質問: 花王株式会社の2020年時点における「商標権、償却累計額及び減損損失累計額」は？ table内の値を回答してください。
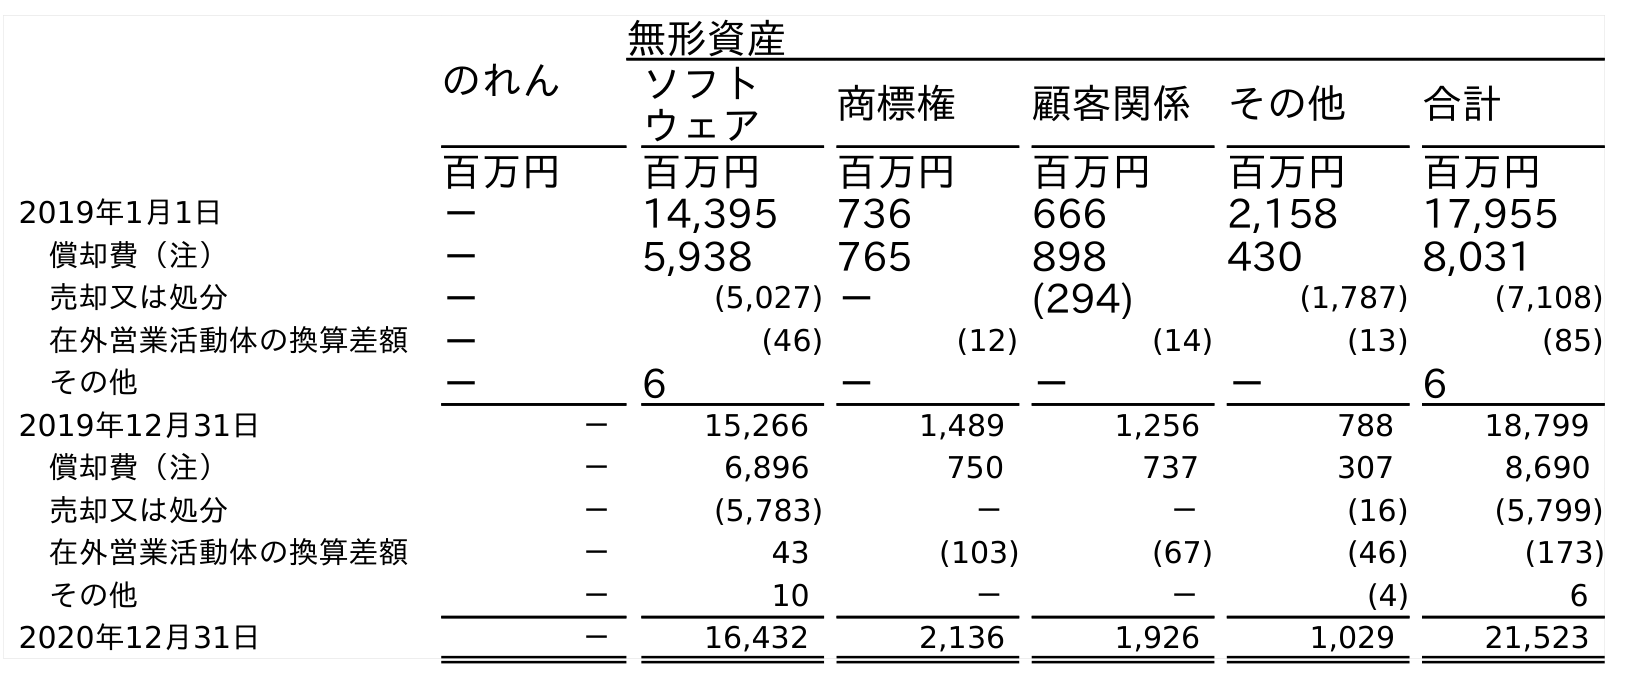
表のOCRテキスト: のれん 無形資産 ソフト ウェア 商標権 顧客関係 その他 合計 百万円 百万円 百万円 百万円 百万円 百万円 2019年1月1日 － 14,395 736 666 2,158 17,955 償却費（注） － 5,938 765 898 430 8,031 売却又は処分 － (5,027) － (294) (1,787) (7,108) 在外営業活動体の換算差額 － (46) (12) (14) (13) (85) その他 － 6 － － － 6 2019年12月31日 － 15,266 1,489 1,256 788 18,799 償却費（注） － 6,896 750 737 307 8,690 売却又は処分 － (5,783) － － (16) (5,799) 在外営業活動体の換算差額 － 43 (103) (67) (46) (173) その他 － 10 － － (4) 6 2020年12月31日 － 16,432 2,136 1,926 1,029 21,523
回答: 2,136